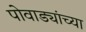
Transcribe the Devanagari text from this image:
पोवाड्यांच्या